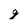
Character: g